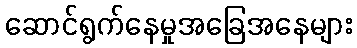
ဆောင်ရွက်နေမှုအခြေအနေများ